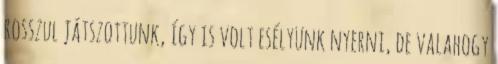
rosszul játszottunk, így is volt esélyünk nyerni, de valahogy